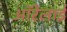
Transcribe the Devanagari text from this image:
ऑरेलाई